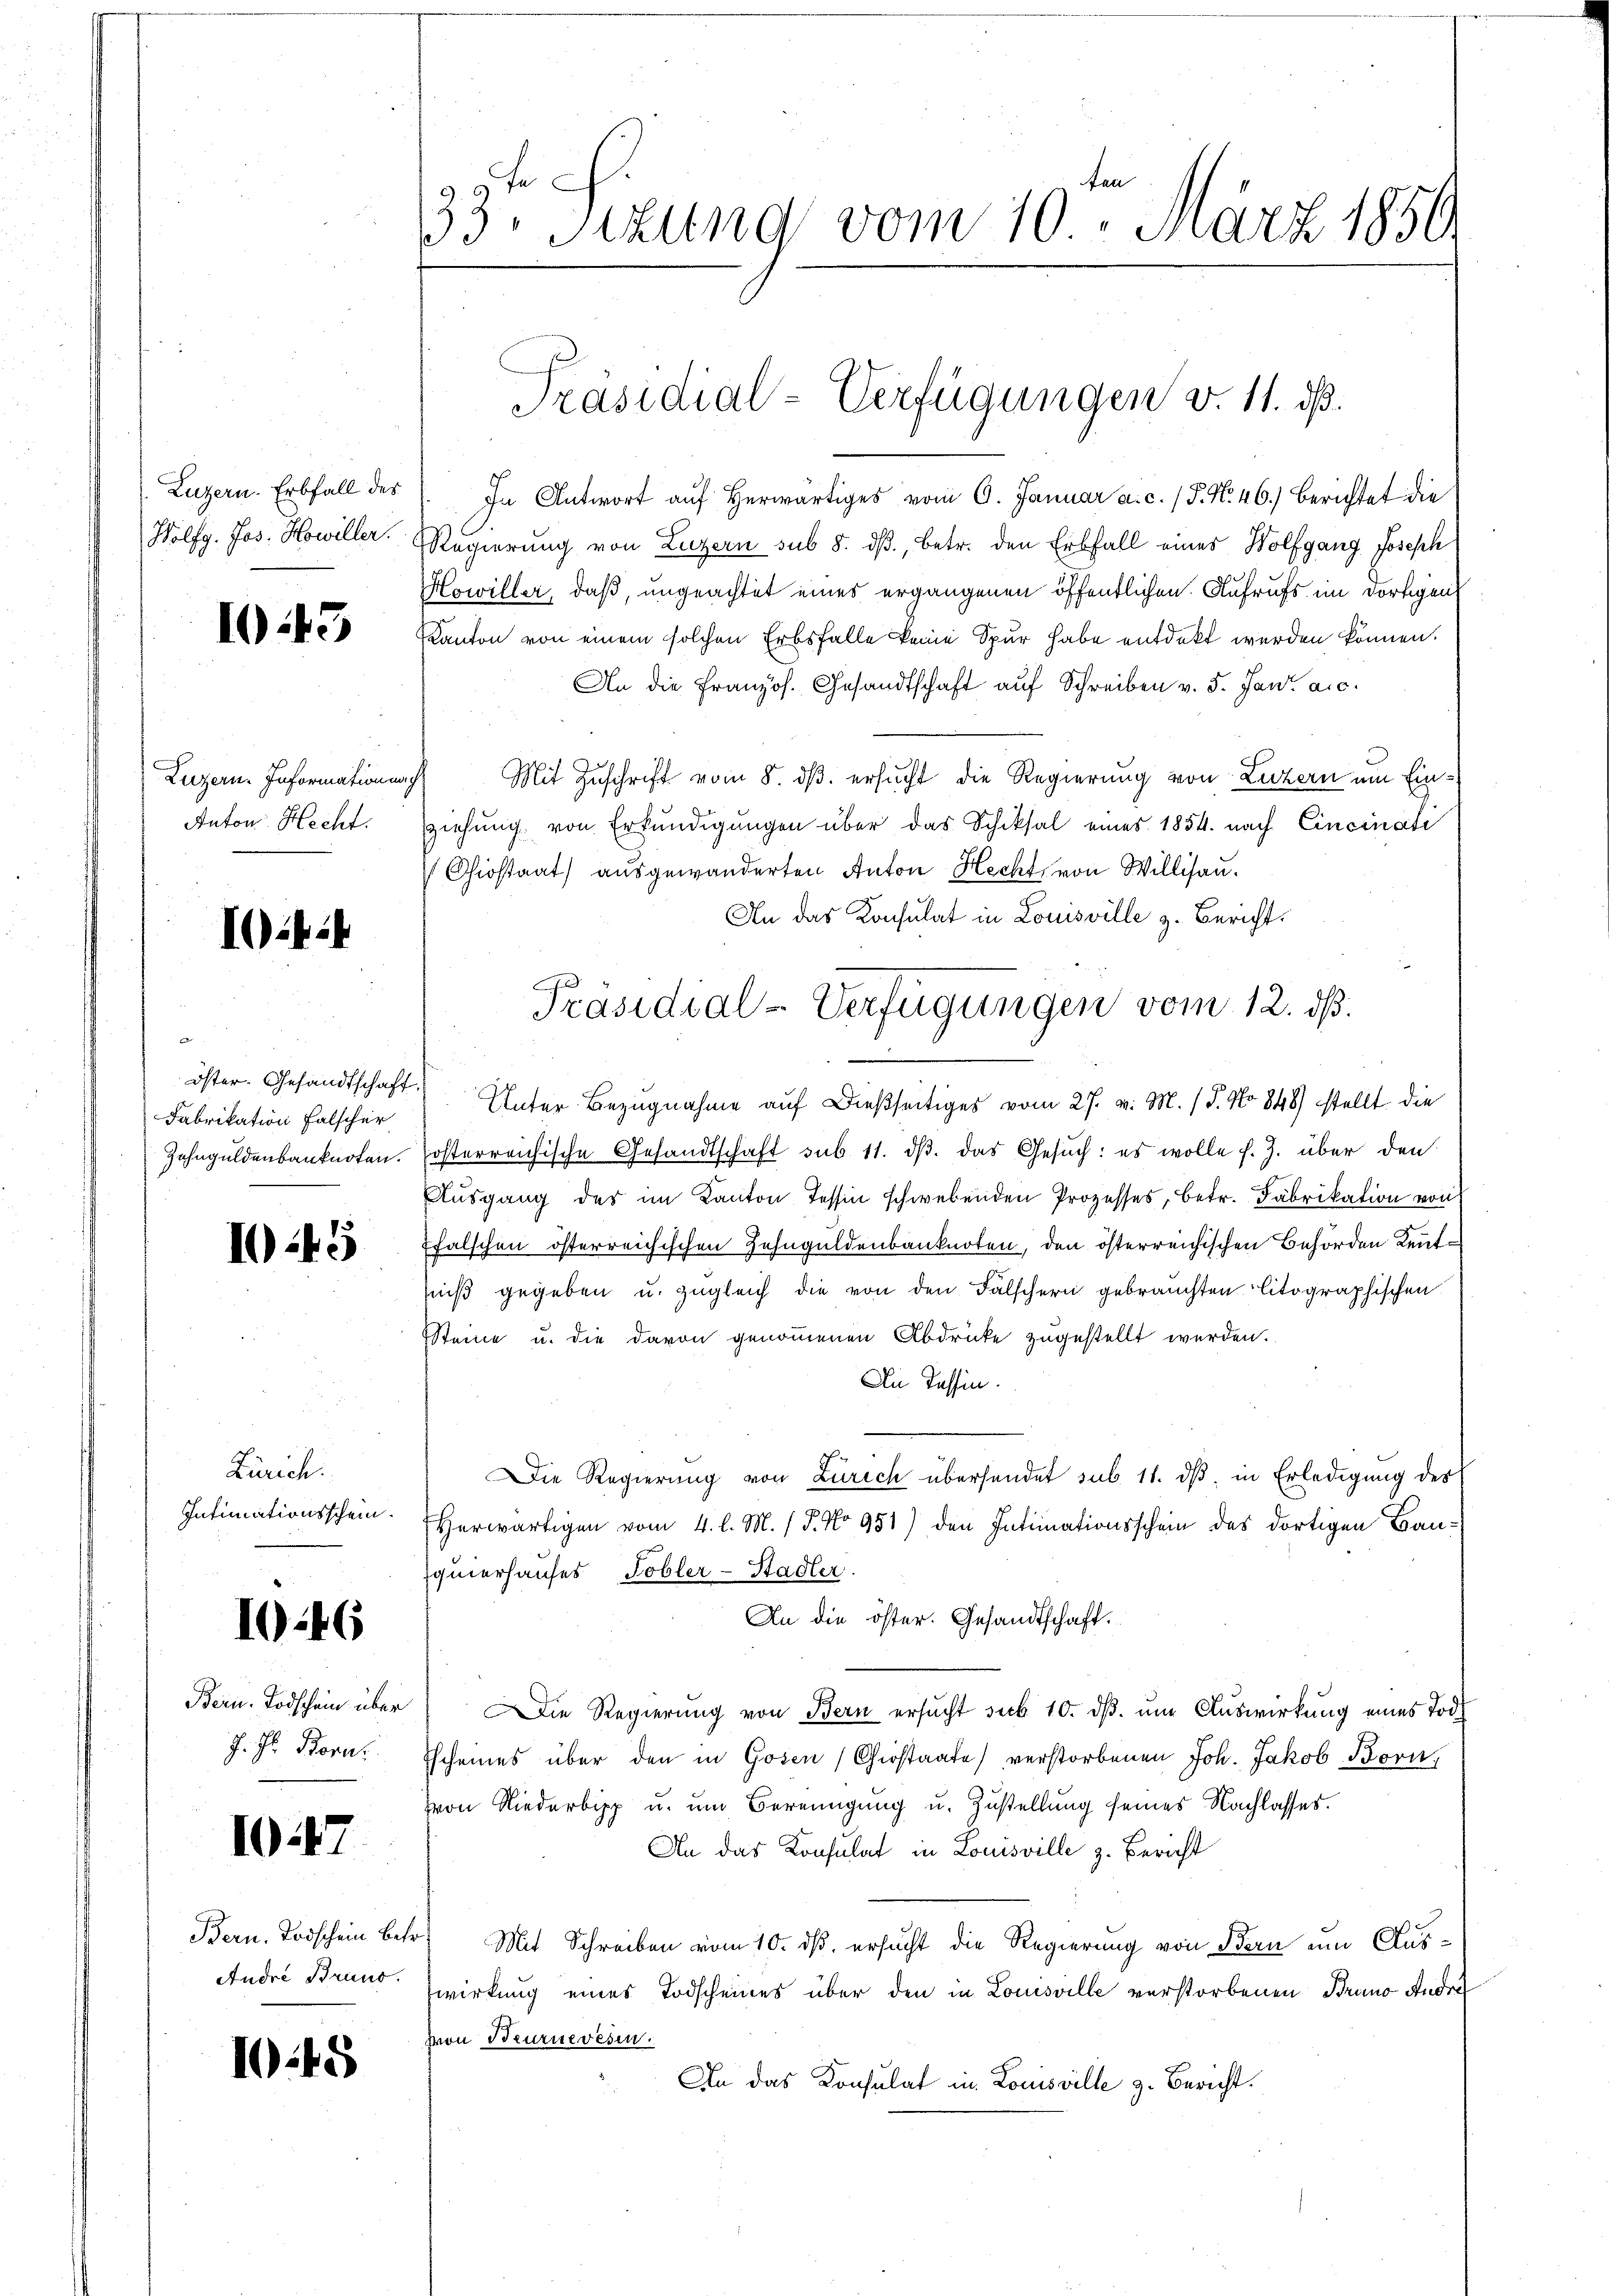
Luzern. Erbfall des
Wolfg. Jos. Howiller.

103

Luzern. Informationen
Anton Hecht.

Iitif

öster. Gesandtschaft.
Fabrikation falscher
Zehnguldenbanknoten.

10.45

Zürich.
Intimationsschein.

1046

Bern. Todschein über
J. H. Bora

1247

Bern. Todschein betr
Andre Braus.

10.45

33. Sizung vom 10. März 1859

In Antwort aŭf herwärtiges vom 9. Januar a. c. (T. N. 46.) Berichtet die
Regierung von Luzern sub 8. ds., betr. den Erbfall eines Wolfgang Joseph
Howiller, daß, ungeachtet eines ergangenen öffentlichen Aufrufs im dortigen
Kanton von einem solchen Erbsfalle keine Spur habe entdeckt werden können.
An die Französ. Gesandtschaft auf Schreiben v. 5. Jan. a.c.
Mit Zuschrift vom 8. ds. ersucht die Regierung von Luzern um Einziehung von Erkundigungen über das Schiksal eines 1854. nach Cincinati
Chiostaat ausgewanderten Anton Hechts von Willisau.
An das Konsulat in Louisville z. Bericht
Unter Bezugnahme auf dießseitiges vom 27. v. M. (T. No 848) stellt die
kosterreichische Gesandtschaft sub 11. dβ das Gesuch: es wolle s. Z. über den
Ausgang der im Kanton Tessin schwebenden Prozesses, betr. Fabrikation von
Efalschen österreichischen Zehnguldenbanknoten, den österreichischen Behörden Kenntfniß gegeben u. zugleich die von den Falschern gebrauchten Citographischen
Steine u. die davon genommenen Abdrücke zugestellt werden.
An Tessin.
Die Regierung von Zürich überhandet sub. 11. dß, in Erledigung des
Herwärtigen vom 4. l. M. / 5. No 951) den Intimationsschein des dortigen Bau-
squierhauses Tobler-Stadler.
An die öster. Gesandtschaft.
Die Regierung von Bern ersucht sub 10. dβ. um Auswirkung eines Tode
Escheines über den in Gosen (Gerstaate verstorbenen Joh. Jakob Born,
von Niederbipp u. um Bereinigung u. Zustellung seines Nachlasses.
An das Konsulat in Louisville z. Bericht
r) Mit Schreiben vom 10. ds. ersucht die Regierung von dern ein Auswirkung eines Todscheines über den in Louisville verstorbenen Bruno Andre
von Burnewesen.
An das Konsulat in Louisville z. Bericht.

Präsidial-Verfügungen v. 11. ds.

Präsidial-Verfügungen vom 12. ds.